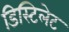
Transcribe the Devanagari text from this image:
डिस्टिलेट